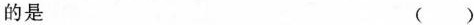
的是 ( )